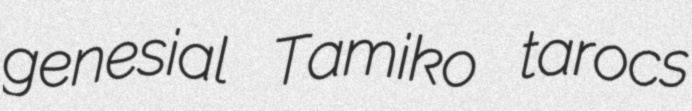
genesial Tamiko tarocs